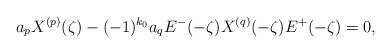
LaTeX: \begin{align*} a_p X^{(p)}(\zeta)-(-1)^{k_0}a_q E^{-}(-\zeta)X^{(q)}(-\zeta)E^{+}(-\zeta)=0, \end{align*}